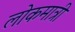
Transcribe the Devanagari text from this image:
लोकमात्री